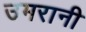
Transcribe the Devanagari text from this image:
उमरानी